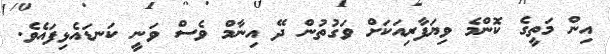
އިން މަތީގެ ކޮންމެ ވިޔަފާރިއަކަށް ވަގުތުން ދޭ އިނާމް ވެސް ވަނީ ކަނޑައެޅިފައެވެ.